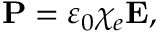
\mathbf { P } = \varepsilon _ { 0 } \chi _ { e } \mathbf { E } ,